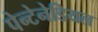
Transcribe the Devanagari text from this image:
पेन्टेनेडियल